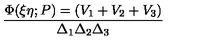
\frac { \Phi ( \xi \eta ; P ) = ( V _ { 1 } + V _ { 2 } + V _ { 3 } ) } { \Delta _ { 1 } \Delta _ { 2 } \Delta _ { 3 } }